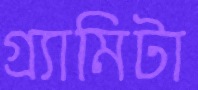
গ্র্যামিটা